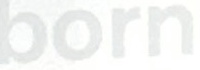
born